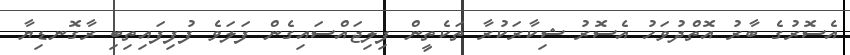
އެސޮރުގެ ބާރު އޮތްދުވަހު އެސޮރު ޝިކާރަކުރާ ތަކެތީން ފިލިޖައްސައިގެން ފަލަވެ ފުފިފައިތިބި ރާގޮނޑިޔާ